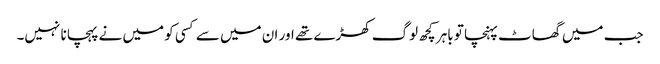
جب میں گھاٹ پہنچا تو باہر کچھ لوگ کھڑے تھے اور ان میں سے کسی کو میں نے پہچانا نہیں۔